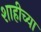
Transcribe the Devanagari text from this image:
शाहीच्या